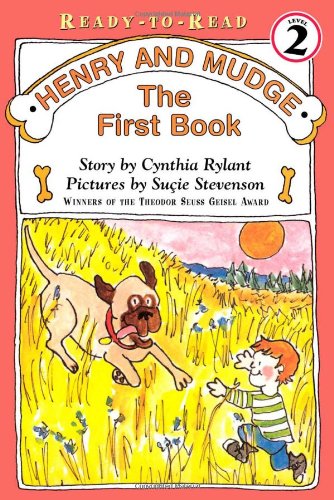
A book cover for Henry And Mudge First Book; Cynthia Rylant; Children's Books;